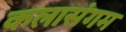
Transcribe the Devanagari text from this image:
कलासंगम